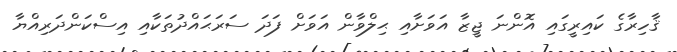
ޤާހިރާގެ ކައިރީގައި އޮންނަ ޖީޒާ އަވަށާއި ޙިލްވާން އަވަށް ފަދަ ސަރަޙައްދުތަކާއި އިސްކަންދަރިއްޔާ